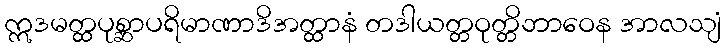
ဣဒမတ္ထပုစ္ဆာပရိမာဏာဒိအတ္ထာနံ တဒါယတ္တဝုတ္တိဘာဝေန အာလသျံ